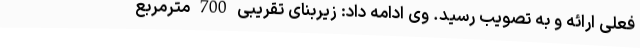
فعلی ارائه و به تصویب رسید. وی ادامه داد: زیربنای تقریبی 700 مترمربع